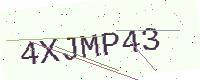
Text: 4XJMP43